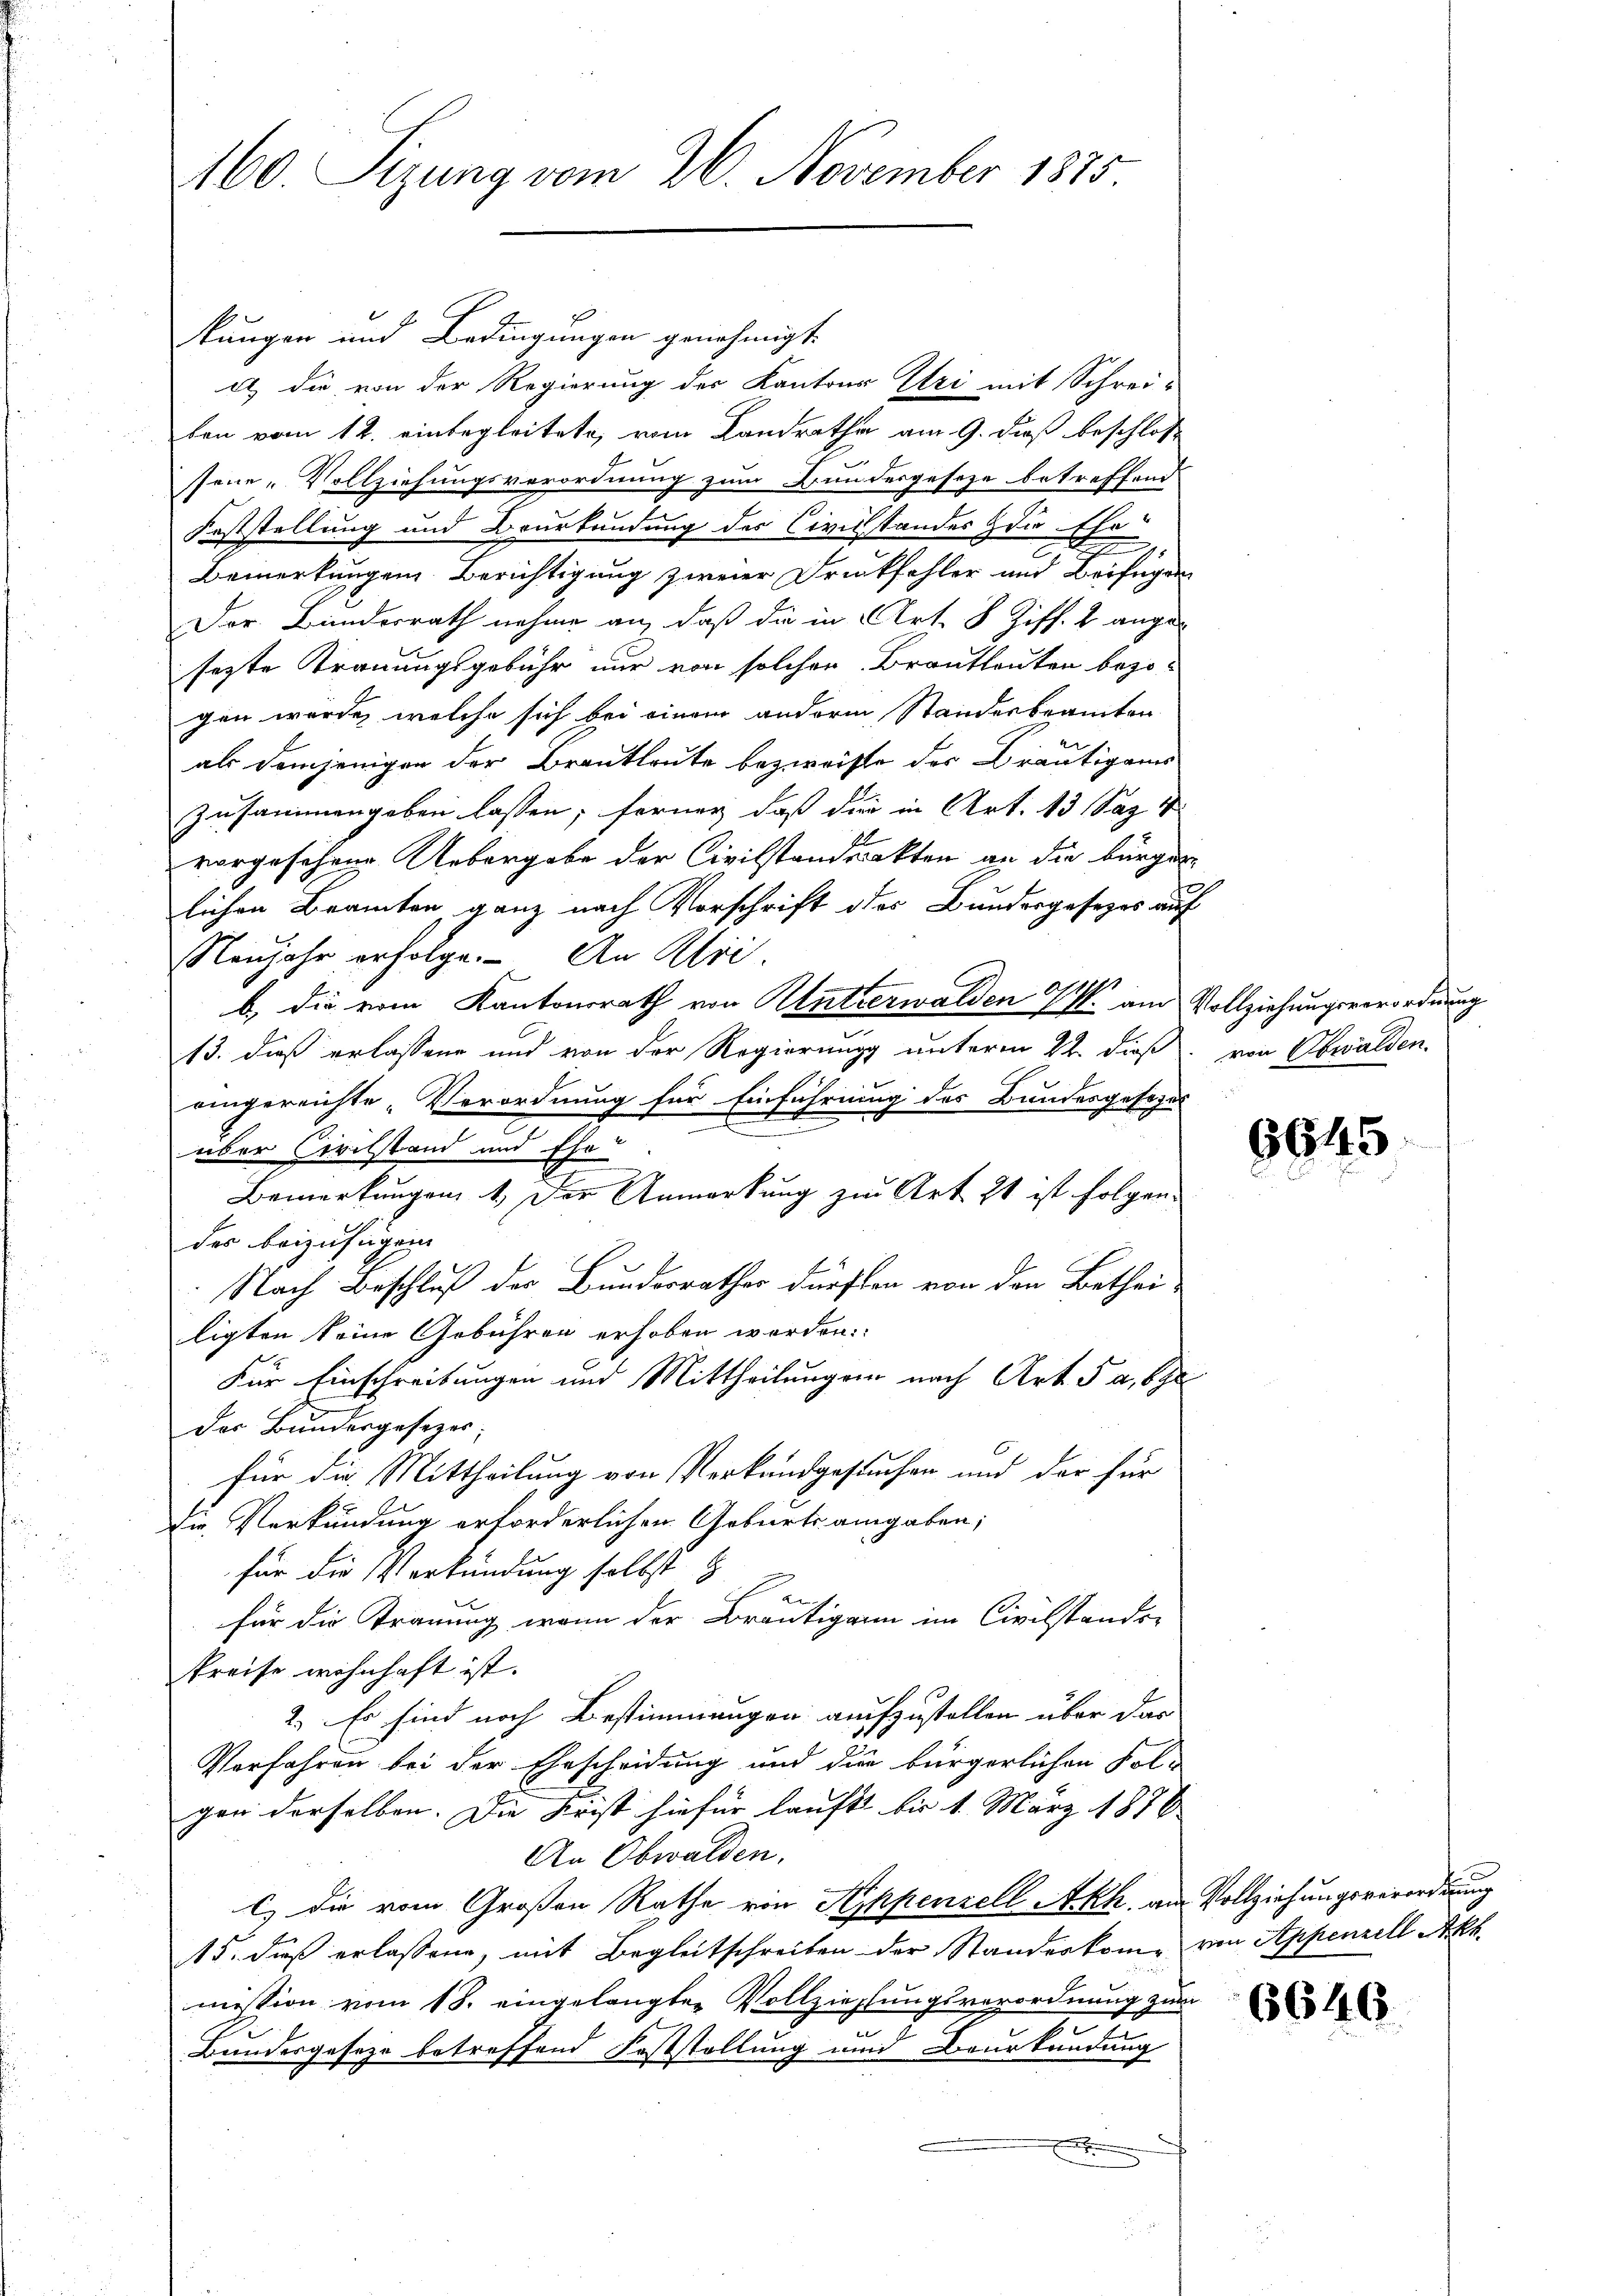
160. Sizung vom 26. November 1875.

kungen und Bedingungen genehmigt.
e) die von der Regierung des Kantons Uri mit Schrei-
ben vom 12. einbegleitete, vom Landrathe am 9. daß beschloß
sene Vollziehungsverordnung zum Bundesgeseze betreffend
Feststellung und Beurkundung des Civilstandes zur Ehe
Bemerkungen Berichtigung zweier Druckfehler und Beifügen
Der Bundesrath nehme an, daß die in Art. 8 Ziff. 2 angesezte Trauungsgebühr nur von solcher Brautleuten bezogen wurde, welche sich bei einem anderm Standesbeamten
als demjenigen der Brautleute bezweifte des Bräutigams
zusammengeben lassen; ferner, daß die in Art. 13 Saz v
vorgesehene Uebergabe der Civilstandsakten an die bürger
lichen Beamten ganz nach Vorschrift des Bundergesezes auf
Neujahr erfolge. An Khri
b) die vom Kantonsrath von Unterwalden & am Vollziehungsverordnung
13. dieß erlassene und von der Regierung unterm 22. dieß von Obwalden
eingereichte Verordnung für Einführung des Bundesgesezes
über Civilstand und Ehe
Bemerkungen 1. Der Anmerkung zur Art 71 ist folgen.
des beizufügen
Nach Beschluß der Bundesrathes dürften von den Bethei-
ligten keine Gebühren erhoben worden.
Für Einschreibungen und Mittheilungen nach Art. 5 a, be
Der Bundesgesezer
für da. Mittheilung von Verkundgesuchen und der für
die Verkündung erforderlichen Geburts angaben;
für die Verkündung selbst z
u
für die Trauung, wenn der Bräutigam im Civilstander
Preise wohnhaft ist.
2. Er sind noch Bestimmungen auchzustellen über das
Verfahren bei der Ehescheidung und die bürgerlichen Folgen derselben. Die Krist hiefür lauft bis 1. März 1876
An Obwalden.
c) die vom Großen Rathe von Kykpenzell Akh, am Vollziehungsverordnung
15. dieß erlassene, mit Begleitschreiben der Standeskom- von Appenzell Akt
mission vom 18. eingelangten Vollziehungsverordnung zum
Bundesgeseze betreffend Feststellung und Beurkundung
t

6645

6646